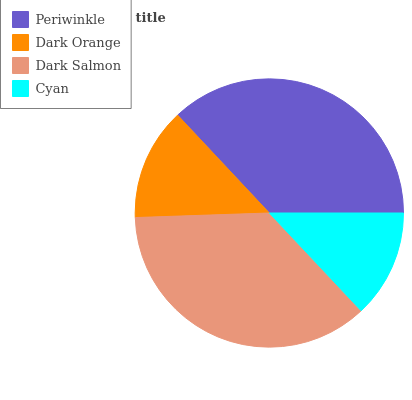
| Periwinkle | Dark Orange | Dark Salmon | Cyan |
 | --- | --- | --- | --- |
 | 36.9% | 13.6% | 36.5% | 13% |